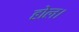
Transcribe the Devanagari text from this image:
होल।